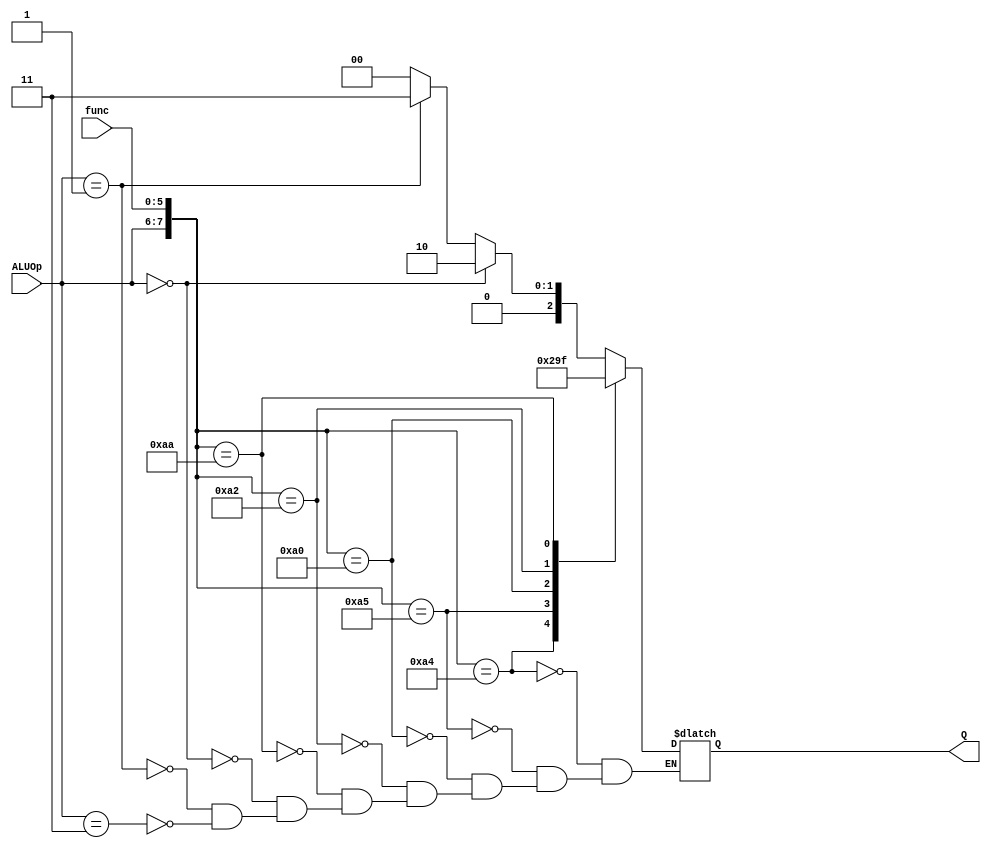
`timescale 1ns/1ns
module ALUcontroller(input[5:0] func , input[1:0] ALUOp , output reg[2:0] Q);
  always@(func , ALUOp)begin
    case({ALUOp , func})
      8'b10100100: Q <= 3'b000; // and
      8'b10100101: Q <= 3'b001; // or
      8'b10100000: Q <= 3'b010; // add
      8'b10100010: Q <= 3'b011; // sub
      8'b10101010: Q <= 3'b111; // slt
      default: begin
        if(ALUOp == 2'b0) // Always add
          Q <= 3'b010;
        else if(ALUOp == 2'b01) // Always sub
          Q <= 3'b011;
        else if(ALUOp == 2'b11) // andi
          Q <= 3'b000;
      end
    endcase
  end
endmodule